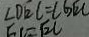
\angle D E C = \angle G E C